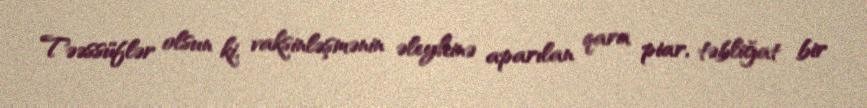
Təəssüflər olsun ki, vaksinləşmənin əleyhinə aparılan qara piar, təbliğat bir